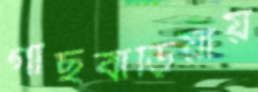
গাছবাড়িয়ায়